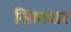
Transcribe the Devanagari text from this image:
सिलदार